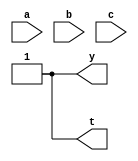
//understanding_of_portdecleration
module chks_port (input a,b,c,output y,t);
   
   // suppose i want to read y internally then use internal decleration.   
   wire temp;
   assign temp=1;
   assign t = temp;
   assign y = temp;
   
   assign a=0;   // bed practices 
   assign y=1;   // bed practices
   assign c=a+b;
   assign t=y;    // bed practices

endmodule

// mod-4 counter.

//bed practice of port decleration. 
module mod_counter(input clk,rst,output reg[1:0]q);
   // want to implement q vaule at every pulse.
   reg[1:0] temp;
   
   always @(posedge clk)
   begin
     if(rst==1)
       q=2'b00;
     else
       q=q+1;
     end
endmodule

//Good practice of port decleration by storing internals in internal temp veriable.
module mod_count(input clk,rst,output reg[1:0]q);
   // want to implement q vaule at every pulse.
   reg[1:0] temp;
   
   always @(posedge clk)
   begin
     if(rst==1)
       temp=2'b00;
     else
       temp=temp+1;
       q=temp;
     end
endmodule